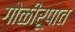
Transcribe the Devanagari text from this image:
गोळीरूपात